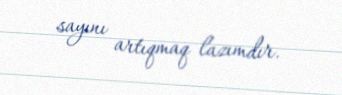
sayını artıqmaq lazımdır.